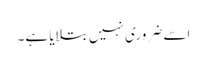
اسے ضروری نہیں بتلایا ہے۔